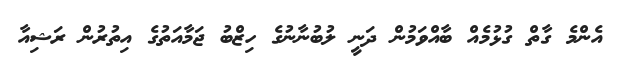
އެންމެ ގާތް ގުޅުމެއް ބާއްވަމުން ދަނީ ލުބުނާނުގެ ހިޒްބު ޖަމާއަތުގެ އިތުރުން ރަޝިއާ